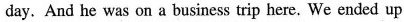
day. And he was on a business trip here. We ended up